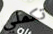
تكملي